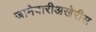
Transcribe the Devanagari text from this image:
जानेवारीअखेरीस